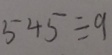
5 4 5 \div 9